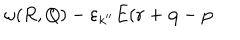
\omega ( R , Q ) - \varepsilon _ { k ^ { \prime \prime } } E ( { \bf r } + { \bf q } - { \bf p }